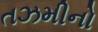
તઝમીનો